Lunatic asylums Central Provinces reports 1874-1885 - 1874-1885
Year: 1874
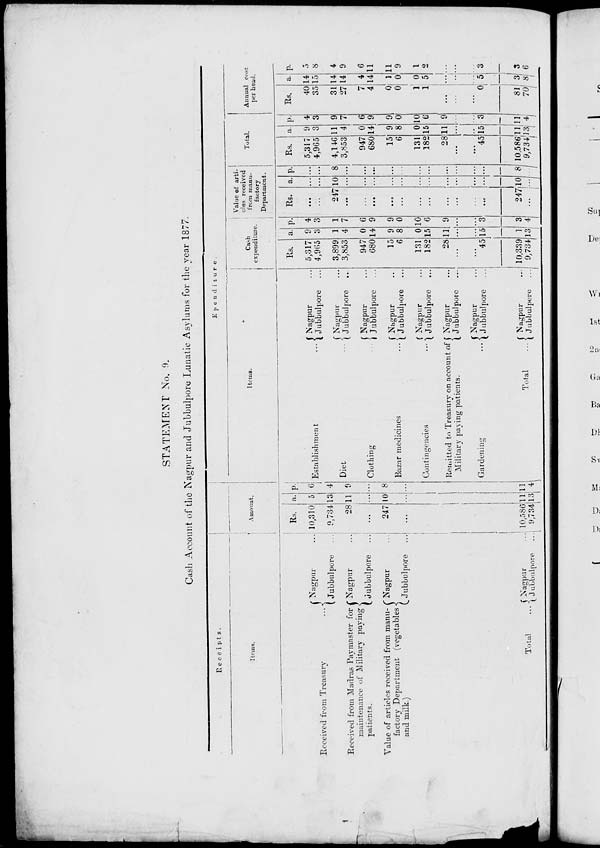
STATEMENT No. 9.
Cash Account of the Nagpur and Jubbulpore Lunatic Asylums for the year 1877.
Receipts.
Items.
Received from Treasury ...
Received from Madras Paymaster for
maintenance of Military payings
patients.
Value of articles received from manu¬
factory Department (vegetables
and milk.)
Total
...
Nagpur ...
Jubbulpore
...
Nagpur ...
Jubbulpore ...
Nagpur ...
Jubbulpore
...
Nagpur ...
Jubbulpore ...
Expenditure.
Amount.
Rs.
10,310
9,734
28
...
247
...
10,586
9,734
a.
5
13
11
...
10
...
11
13
p.
6
4
9
...
8
...
11
4
Items.
Establishment ...
Diet ...
Clothing ...
Bazar medicines ...
Contingencies ...
Remitted to Treasury on account of
Military paying patients.
Gardening
...
Total
...
Nagpur ...
Jubbulpore ...
Nagpur ...
Jubbulpore
...
Nagpur ...
Jubbulpore ...
Nagpur ...
Jubbulpore ...
Nagpur ...
Jubbulpore ...
Nagpur ...
Jubbulpore ...
Nagpur ...
Jubbulpore ...
Nagpur
...
Jubbulpore
...
Cash
expenditure.
Rs.
5,317
4,965
3,899
3,853
947
680
15
6
131
182
28
...
...
45
10,339
9,734
a.
9
3
1
4
0
14
9
8
0
15
11
...
...
15
1
13
p.
4
3
1
7
6
9
9
0
10
6
9
...
...
3
3
4
Value of arti-
cles received
from manu-
factory
Department.
Rs.
...
...
247
...
...
...
...
...
...
...
...
...
...
...
247
...
a.
....
...
10
...
...
...
...
...
...
...
...
...
...
...
10
...
p.
...
...
8
...
...
...
...
...
...
...
...
...
...
...
8
...
Total.
Rs.
5,317
4,965
4,146
3,853
947
680
15
6
131
182
28
...
...
45
10,586
9,734
a.
9
3
11
4
0
14
9
8
0
15
11
...
...
15
11
13
p.
4
3
9
7
6
9
9
0
10
6
9
...
...
3
11
4
Annual cost
per head.
Rs.
40
35
31
27
7
4
0
0
1
1
...
...
...
0
81
70
a.
14
15
14
14
4
14
1
0
0
5
...
...
...
5
3
8
p.
5
8
4
9
6
11
11
9
1
2
...
...
...
3
3
6